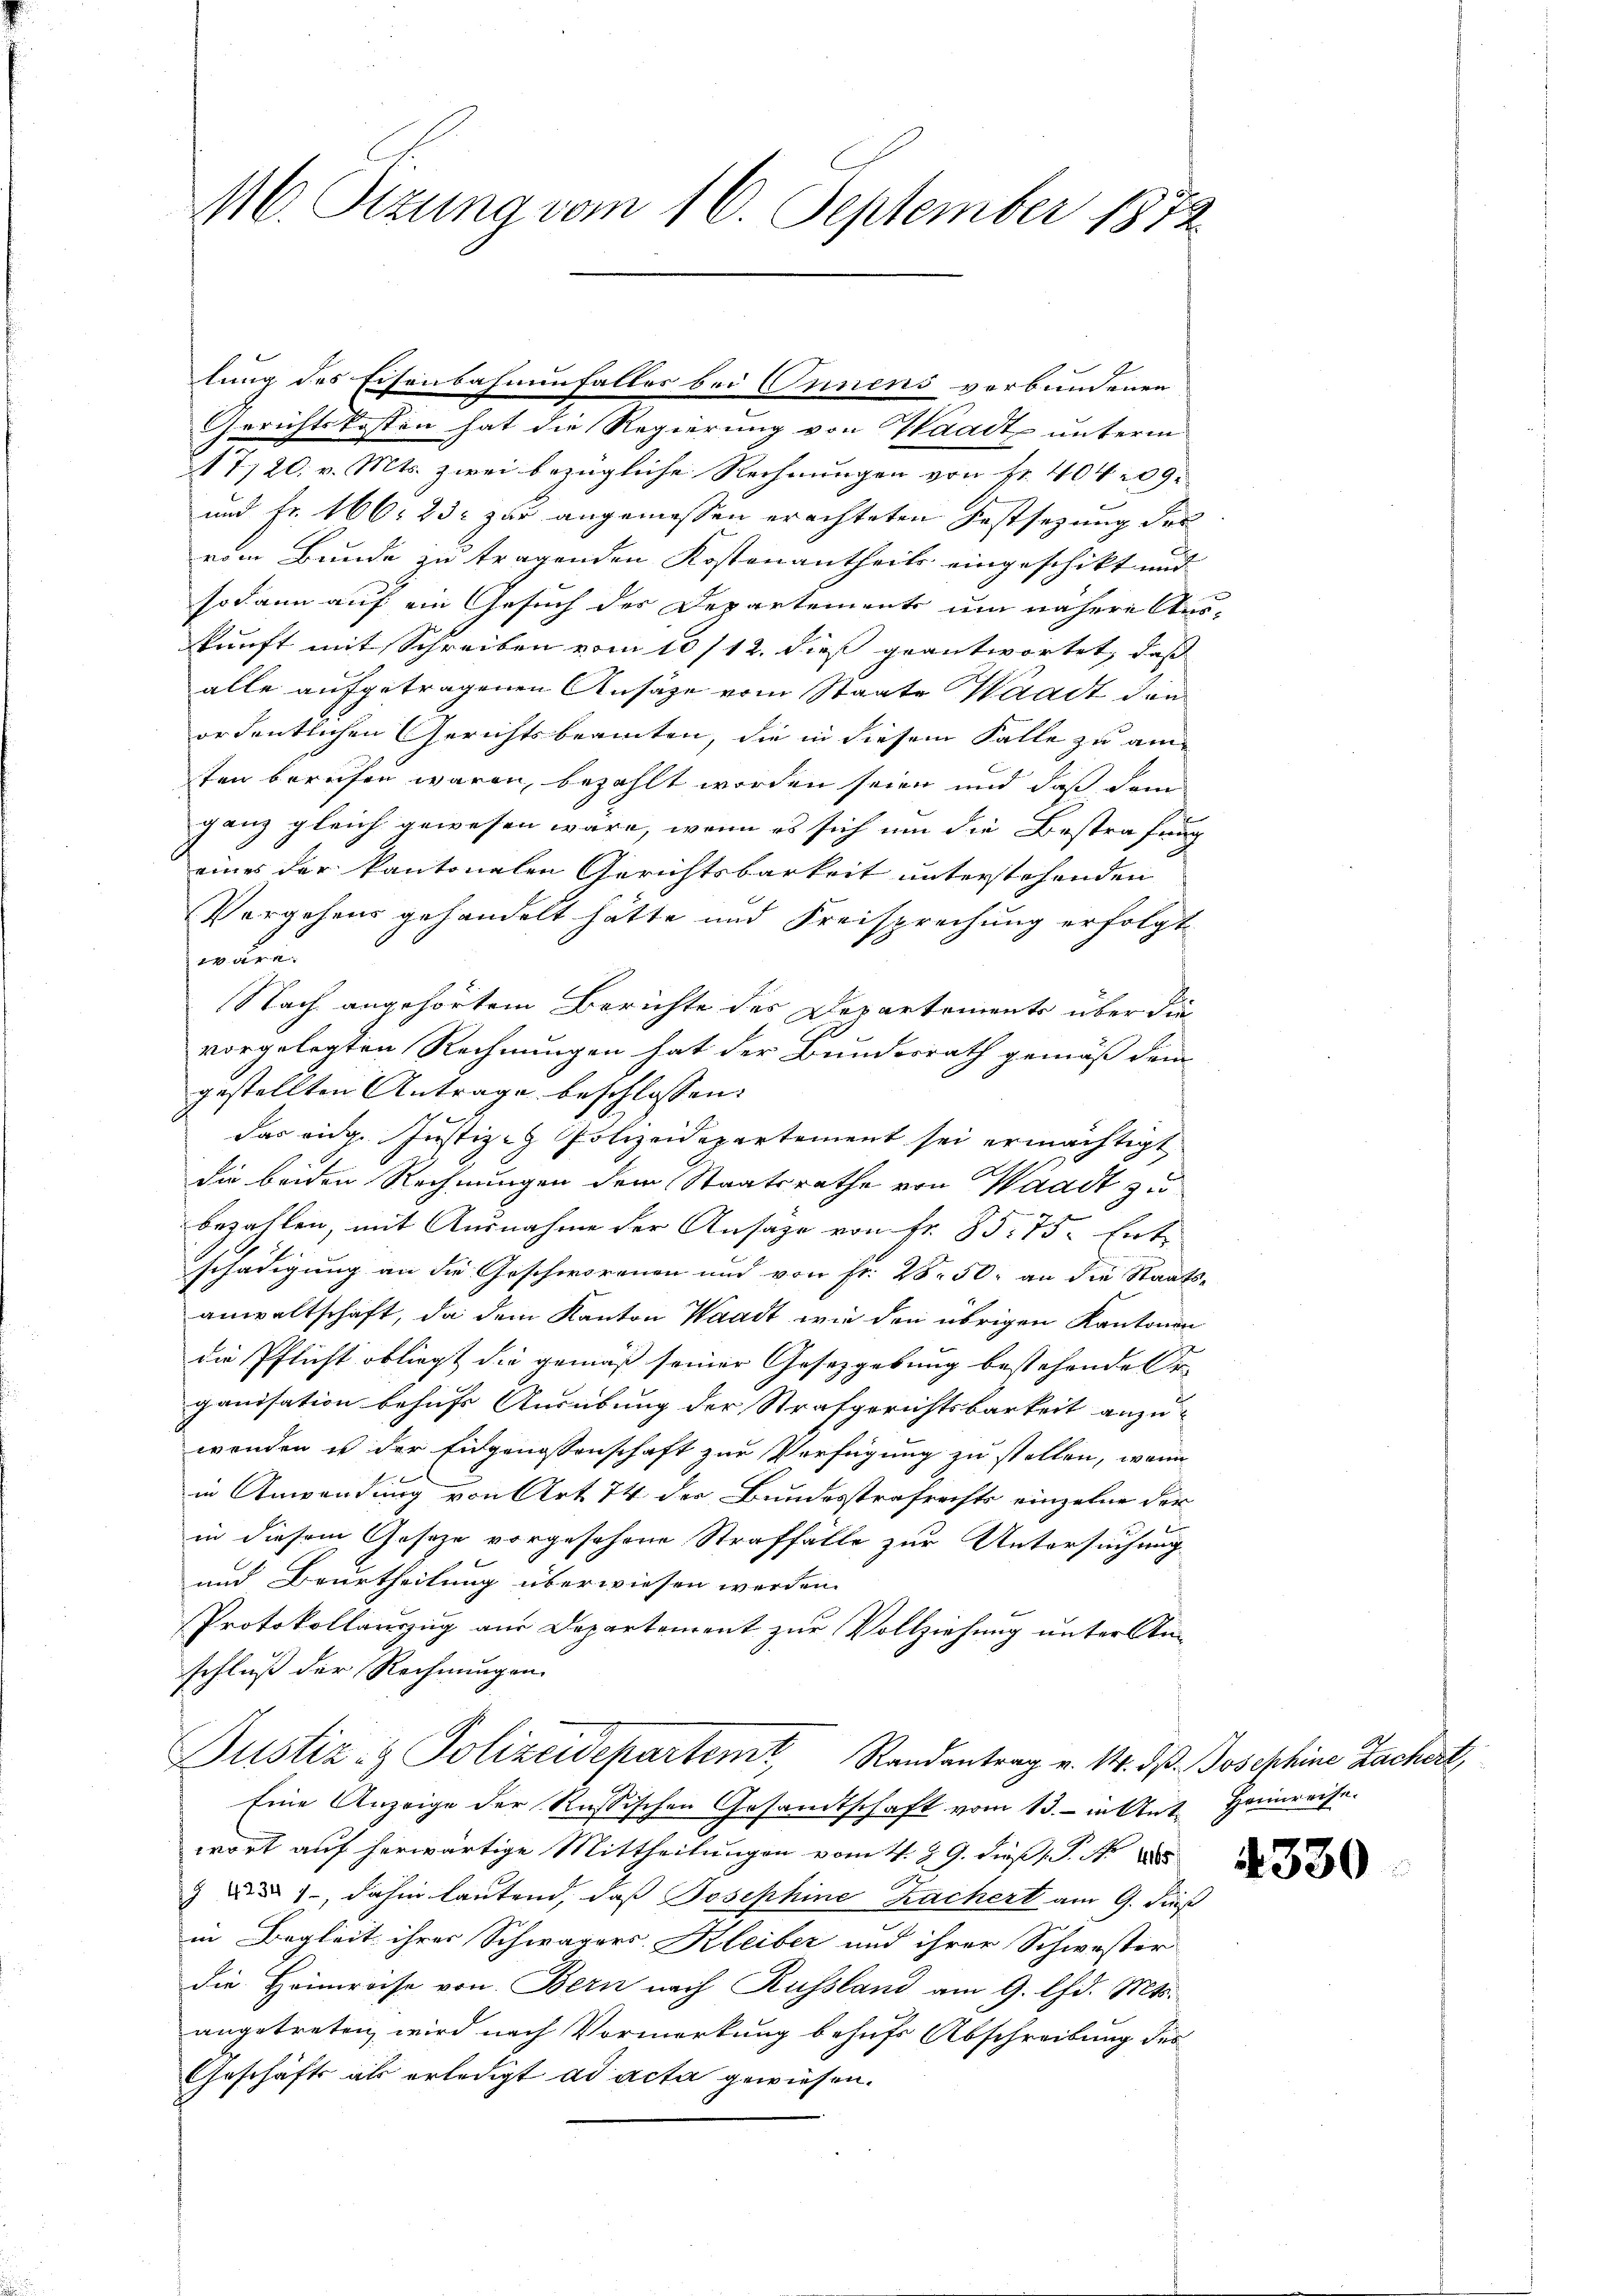
M16. Sizung vom 16. September 1872

Gerichtskosten hat die Regierung von Waadt unterm
17/20. v. Mts. zwei bezügliche Rechnungen von Nr. 404. 209.
und Fr. 166. 232 zur angemessen erachteten Festsezung des
vom Bunde zu tragenden Kostenantheils eingeschikt und |
sodann auf ein Gesuch des Departements um nähere Aus-
kunft mit Schreiben vom 10/12. dieß geantwortet, daß
alle aufgetragenen Ansätze vom Staate Waadt den
ordentlichen Gerichtsbeamten, die in diesem Falle zu am
ten berufen waren, bezahlt worden seien und daß dem
ganz gleich gewesen wäre, wenn es sich um die Bestrafung
eines der kantonalen Gerichtsbarkeit unterstehenden
Vergehens gehandelt hätte und Freisprechung erfolgt
14 Ar
Nach angehörtem Berichte des Departements über die
vorgelegten Rechnungen hat der Bundesrath gemäß dem
gestellten Antrage beschlossen:
das eidg. Justiz- Polizeidepartement sei ermächtigt
die beiden Rechnungen dem Staatsrathe von Waadt zu
bezahlen, mit Ausnahme der Ansähe von Fr. 85. 75. Entschädigung an die Geschworenen und von fr. 28 50. an die Staats-
anwaltschaft, da dem Kanton Waadt, wie den übrigen Kantonen
die Pflicht obliegt die gemäß seiner Gesetzgebung bestehende Sr.
ganisation behufs Ausübung der Strafgerichtsbarkeit anzu-
wenden es der Eidgenossenschaft zur Verfügung zu stellen, wenn
in Anwendung von Art. 74 der Bundesstrafrechts einzelne der
in diesem Gesetze vorgesehene Straffalle zur Untersuchung
und Beurtheilung überwiesen werden.
Protokollauszug aus Departement zur Vollziehung unter An-
schluß der Rechnungen
Justiz & Polizeidepartemt, Randantrag v. 14. d. Josephine Sachert,
Eine Anzeige der Russischen Gesandtschaft vom 13. in Ant. Heinreise.
wort auf herwärtige Mittheilungen vom 4. d. 9. dieß P. Nr.
), dahin lautend, dass Josephine Rachert am 9. dieß
in Begleit ihrer Schwagers Kleiber und ihrer Schwester
die Heimreise von Bern nach Russland am 9. d. Mts.
angetreten, wird nach Vormerkung behufs Abschreibung des
Geschäfts als erledigt ad acta gewiesen.

lung des Eisenbahnenfalles bei Onnens verbundenen

4330.